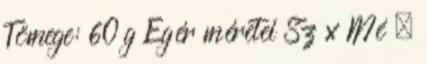
Tömege: 60 g Egér méretei Sz x Mé .